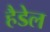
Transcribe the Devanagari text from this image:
हैडेल